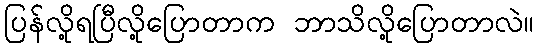
ပြန်လို့ရပြီလို့ပြောတာက ဘာသိလို့ပြောတာလဲ။